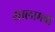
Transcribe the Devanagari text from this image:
सालामबो